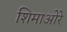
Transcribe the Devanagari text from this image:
शिमाओरे